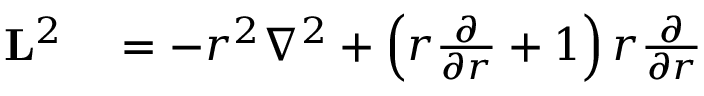
\begin{array} { r l } { \mathbf { L } ^ { 2 } } & { { } = - r ^ { 2 } \nabla ^ { 2 } + \left( r { \frac { \partial } { \partial r } } + 1 \right) r { \frac { \partial } { \partial r } } } \end{array}